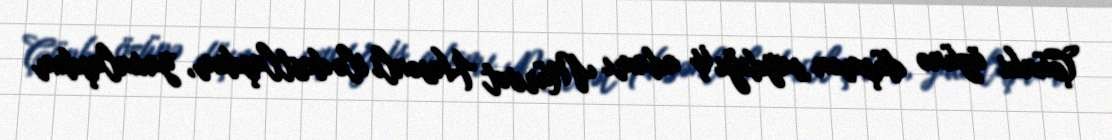
Çünki özünə düşmən saydığı iş adamı Mürvət Həsənli ilə dostlaşdım, yaxınlaşdım